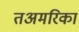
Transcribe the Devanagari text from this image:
तअमरिका